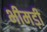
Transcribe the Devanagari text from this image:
भीमड़ी